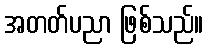
အတတ်ပညာ ဖြစ်သည်။